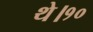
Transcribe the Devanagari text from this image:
थे।१०